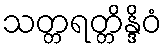
သတ္တရတ္တိန္ဒိဝံ